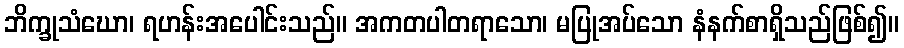
ဘိက္ခုသံဃော၊ ရဟန်းအပေါင်းသည်။ အကတပါတရာသော၊ မပြုအပ်သော နံနက်စာရှိသည်ဖြစ်၍။